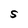
Character: S